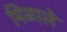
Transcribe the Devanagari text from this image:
मिळालेे